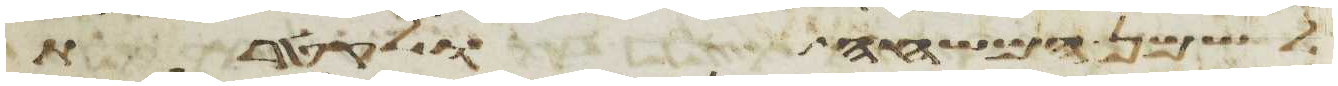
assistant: לשמן המשחה ולקטרת